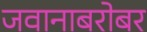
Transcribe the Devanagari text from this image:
जवानाबरोबर